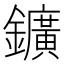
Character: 鑛